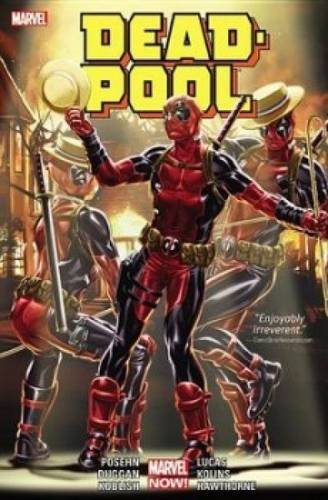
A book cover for Deadpool by Posehn & Duggan Vol. 3; Gerry Duggan; Comics & Graphic Novels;